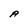
Character: A